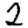
Digit: 2